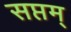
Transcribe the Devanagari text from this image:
सप्तम्‌